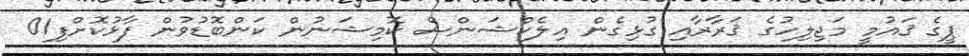
ޕީގެ ޤައުމީ މަޖިލިހުގެ ޤަރާރާއި ގުޅިގެން އިލެކްޝަންސް ކޮމިޝަނުން ކަންބޮޑުވުން ފާޅުކޮށްފި01